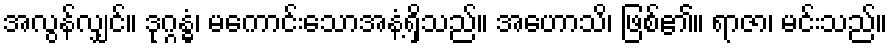
အလွန်လျှင်။ ဒုဂ္ဂန္ဓံ၊ မကောင်းသောအနံ့ရှိသည်။ အဟောသိ၊ ဖြစ်၏။ ရာဇာ၊ မင်းသည်။